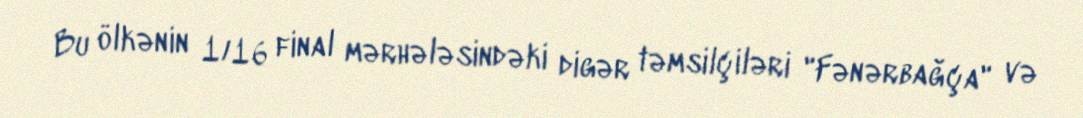
Bu ölkənin 1/16 final mərhələsindəki digər təmsilçiləri "Fənərbağça" və